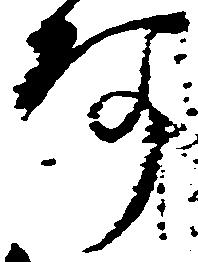
阿